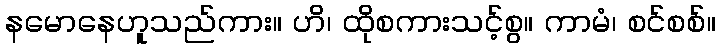
နမောနေဟူသည်ကား။ ဟိ၊ ထိုစကားသင့်စွ။ ကာမံ၊ စင်စစ်။